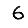
Digit: 6